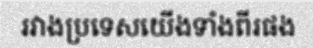
រវាងប្រទេសយើងទាំងពីរផង